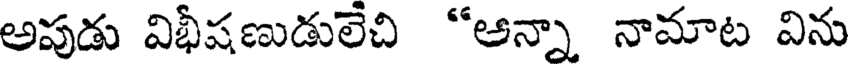
అపుడు విభీషణుడులేచి "ఆన్నా నామాట విను